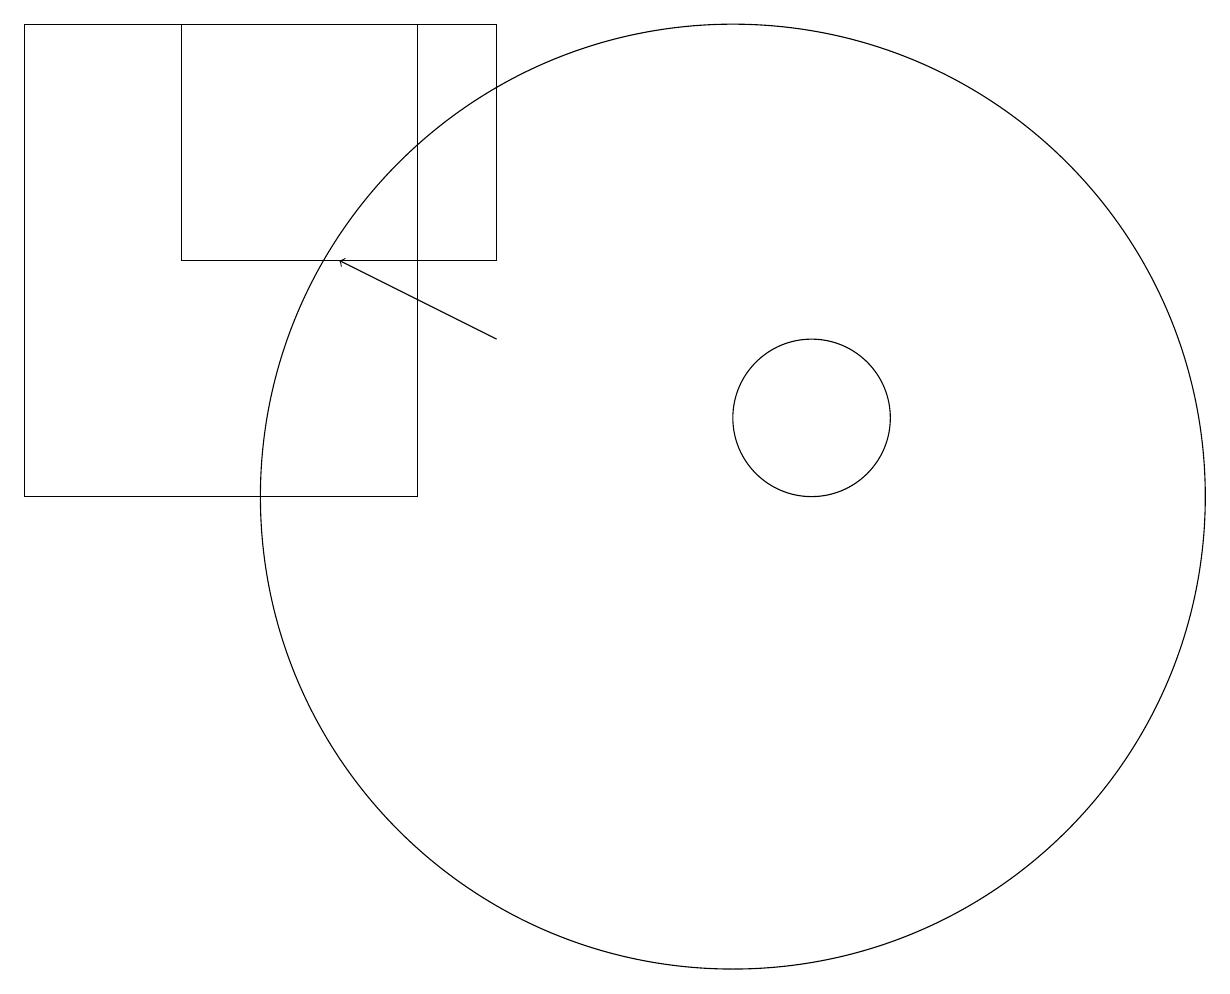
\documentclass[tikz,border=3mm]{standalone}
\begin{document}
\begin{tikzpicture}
\draw[->] (8,12) -- (6,13);
\draw (4,16) rectangle (8,13);
\draw (7,10) rectangle (2,16);
\draw (11,10) circle (6);
\draw (12,11) circle (1);
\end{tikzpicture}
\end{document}